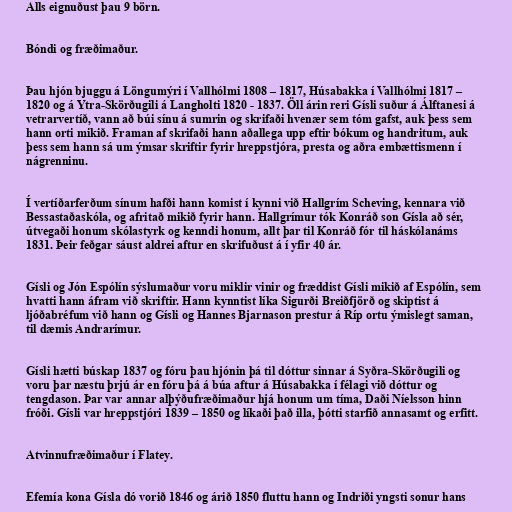
Alls eignuðust þau 9 börn.

Bóndi og fræðimaður.

Þau hjón bjuggu á Löngumýri í Vallhólmi 1808 – 1817, Húsabakka í Vallhólmi 1817 –
1820 og á Ytra-Skörðugili á Langholti 1820 - 1837. Öll árin reri Gísli suður á Álftanesi á
vetrarvertíð, vann að búi sínu á sumrin og skrifaði hvenær sem tóm gafst, auk þess sem
hann orti mikið. Framan af skrifaði hann aðallega upp eftir bókum og handritum, auk
þess sem hann sá um ýmsar skriftir fyrir hreppstjóra, presta og aðra embættismenn í
nágrenninu.

Í vertíðarferðum sínum hafði hann komist í kynni við Hallgrím Scheving, kennara við
Bessastaðaskóla, og afritað mikið fyrir hann. Hallgrímur tók Konráð son Gísla að sér,
útvegaði honum skólastyrk og kenndi honum, allt þar til Konráð fór til háskólanáms
1831. Þeir feðgar sáust aldrei aftur en skrifuðust á í yfir 40 ár.

Gísli og Jón Espólín sýslumaður voru miklir vinir og fræddist Gísli mikið af Espólín, sem
hvatti hann áfram við skriftir. Hann kynntist líka Sigurði Breiðfjörð og skiptist á
ljóðabréfum við hann og Gísli og Hannes Bjarnason prestur á Ríp ortu ýmislegt saman,
til dæmis Andrarímur.

Gísli hætti búskap 1837 og fóru þau hjónin þá til dóttur sinnar á Syðra-Skörðugili og
voru þar næstu þrjú ár en fóru þá á búa aftur á Húsabakka í félagi við dóttur og
tengdason. Þar var annar alþýðufræðimaður hjá honum um tíma, Daði Níelsson hinn
fróði. Gísli var hreppstjóri 1839 – 1850 og líkaði það illa, þótti starfið annasamt og erfitt.

Atvinnufræðimaður í Flatey.

Efemía kona Gísla dó vorið 1846 og árið 1850 fluttu hann og Indriði yngsti sonur hans